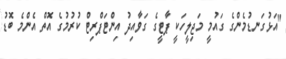
"އަޅުގަނޑުމެންގެ ގައުމީ މަޖިލީހަކީ ޕާޓީގެ ގަވާއިދު އިންޓަޕްރިޓް ކުރުމުގެ އޮތް އެންމެ ބޮޑު